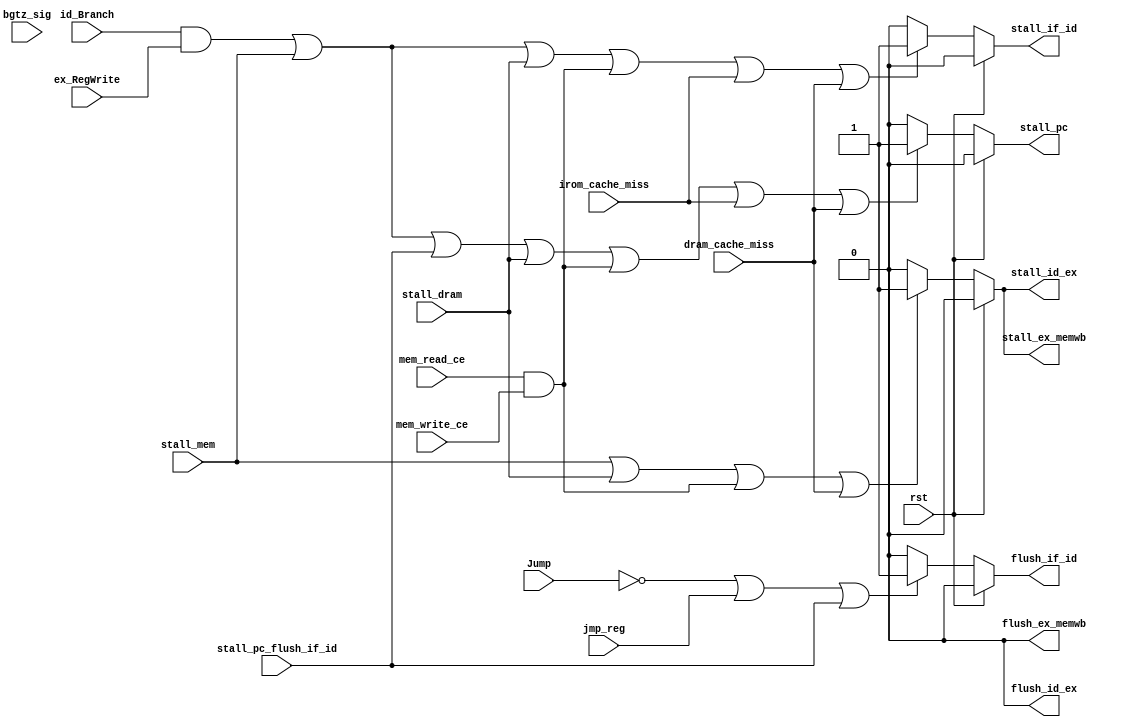
module stall(
    input rst,
    input stall_mem,
    input stall_dram,
    input Jump,
    input jmp_reg,               
    input id_Branch,
    input mem_read_ce,
    input mem_write_ce,
    (* dont_touch = "1" *)input bgtz_sig,
    input stall_pc_flush_if_id,
    input ex_RegWrite,
    input irom_cache_miss,
    input dram_cache_miss,
    output reg flush_if_id,
    output reg flush_id_ex,
    output reg flush_ex_memwb,
    output reg stall_pc,
    output reg stall_if_id,
    output reg stall_id_ex,
    output reg stall_ex_memwb
);
wire mem_crash;
assign mem_crash = mem_read_ce && mem_write_ce;

always @(*) begin 
    if (rst == 1'b1) begin 
        flush_if_id <= 1'b0;
        flush_id_ex <= 1'b0;
        flush_ex_memwb <= 1'b0;
        stall_pc <= 1'b0;
        stall_if_id <= 1'b0;
        stall_id_ex <= 1'b0;
        stall_ex_memwb <= 1'b0;
    end
    else begin 
        if (!Jump || jmp_reg || stall_pc_flush_if_id) flush_if_id <= 1'b1;
        else flush_if_id <= 1'b0;
        if ((id_Branch && ex_RegWrite)||stall_mem||stall_pc_flush_if_id||stall_dram||mem_crash||irom_cache_miss||dram_cache_miss) stall_pc <= 1'b1;
        else stall_pc <= 1'b0;
        if ((id_Branch && ex_RegWrite)||stall_mem||stall_dram||mem_crash||irom_cache_miss||dram_cache_miss) stall_if_id <= 1'b1;
        else stall_if_id <= 1'b0;
        if (stall_mem||stall_dram||mem_crash||dram_cache_miss) stall_id_ex <= 1'b1;
        else stall_id_ex <= 1'b0;
        if (stall_mem||stall_dram||mem_crash||dram_cache_miss) stall_ex_memwb <= 1'b1;
        else stall_ex_memwb <= 1'b0;
        flush_id_ex <= 1'b0;
        flush_ex_memwb <= 1'b0;
    end
end 

/*
always @(*) begin         //
    if((id_Branch && zero_sig)||bgtz_sig) begin 
        //stall_if_id <= 1'b1;
        //stall_id_ex <= 1'b1;
    end 
    else begin
        //stall_if_id <= 1'b0;
        //stall_id_ex <= 1'b0; 
    end
end*/


endmodule